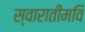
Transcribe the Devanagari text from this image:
स्वारातीमवि